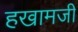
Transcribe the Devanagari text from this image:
हखामजी